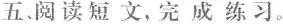
五、阅读短文，完成练习。